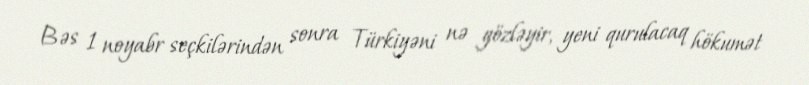
Bəs 1 noyabr seçkilərindən sonra Türkiyəni nə gözləyir, yeni qurulacaq hökumət